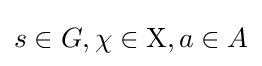
s\in G,\chi \in \mathrm {X} ,a\in A